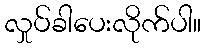
လှုပ်ခါပေးလိုက်ပါ။